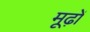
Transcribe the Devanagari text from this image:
मूढ़ों